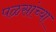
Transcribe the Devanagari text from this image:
पळसांच्या